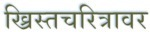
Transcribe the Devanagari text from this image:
ख्रिस्तचरित्रावर